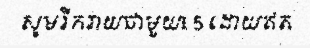
សូមរីករាយជាមួយ£ 5 ដោយឥត